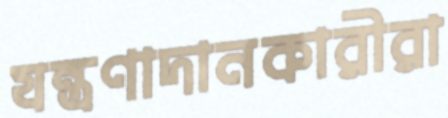
যন্ত্রণাদানকারীরা